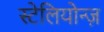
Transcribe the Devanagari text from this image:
स्टेलियोन्ज़